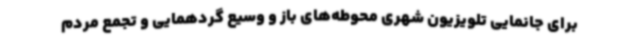
برای جانمایی تلویزیون‌ شهری محوطه‌های باز و وسیع گردهمایی و تجمع مردم